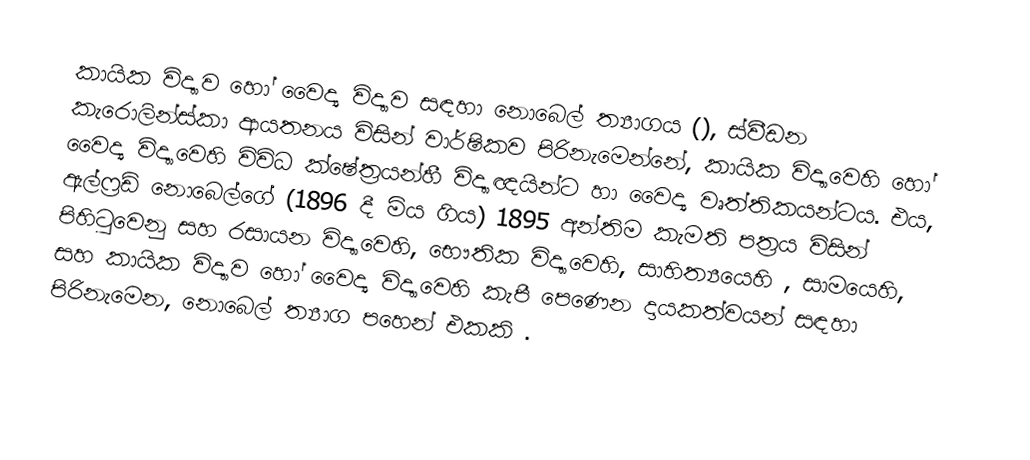
කායික විද්‍යාව හෝ වෛද්‍ය විද්‍යාව සඳහා නොබෙල් ත්‍යාගය (),  ස්වීඩන  කැරොලින්ස්කා ආයතනය විසින් වාර්ෂිකව පිරිනැමෙන්නේ,  කායික විද්‍යාවෙහි හෝ  වෛද්‍ය විද්‍යාවෙහි විවිධ ක්ෂේත්‍රයන්හී විද්‍යාඥයින්ට හා වෛද්‍ය වෘත්තිකයන්ටය. එය, ඇල්ෆ්‍රඩ් නොබෙල්ගේ (1896 දී මිය ගිය) 1895 අන්තිම කැමති පත්‍රය  විසින් පිහිටුවෙනු සහ  රසායන විද්‍යාවෙහි, භෞතික විද්‍යාවෙහි, සාහිත්‍යයෙහි , සාමයෙහි, සහ කායික විද්‍යාව හෝ වෛද්‍ය විද්‍යාවෙහි කැපී පෙණෙන දායකත්වයන් සඳහා පිරිනැමෙන, නොබෙල් ත්‍යාග පහෙන් එකකි .